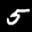
Label: 5